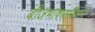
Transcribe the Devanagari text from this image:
बीजभाषणाशिवाय